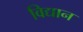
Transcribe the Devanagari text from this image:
विद्यान